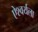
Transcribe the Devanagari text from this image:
ऐश्वर्यला